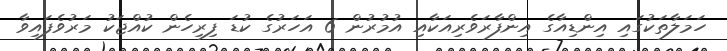
ހަމަލާތަކުގައި އިންޑިއާގެ އިންފާރަވެރިއަކާއި އުމުރުން 6 އަހަރުގެ ކުޑަ ފިރިހެން ކުއްޖަކު މަރުވެފައިވާ